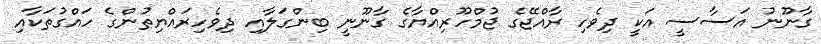
ގާނޫނު އަސާސީ އަކީ ދިވެހި ރާއްޖޭގެ ޖުމްހޫރިއްޔާގެ ގާނޫނީ ބިންގަލާއި ދިވެހިރައްޔިތުންގެ ހައްގުތަކާއި